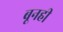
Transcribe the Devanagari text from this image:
बूनही